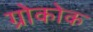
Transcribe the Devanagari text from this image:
ग्रोकोक